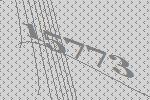
15773